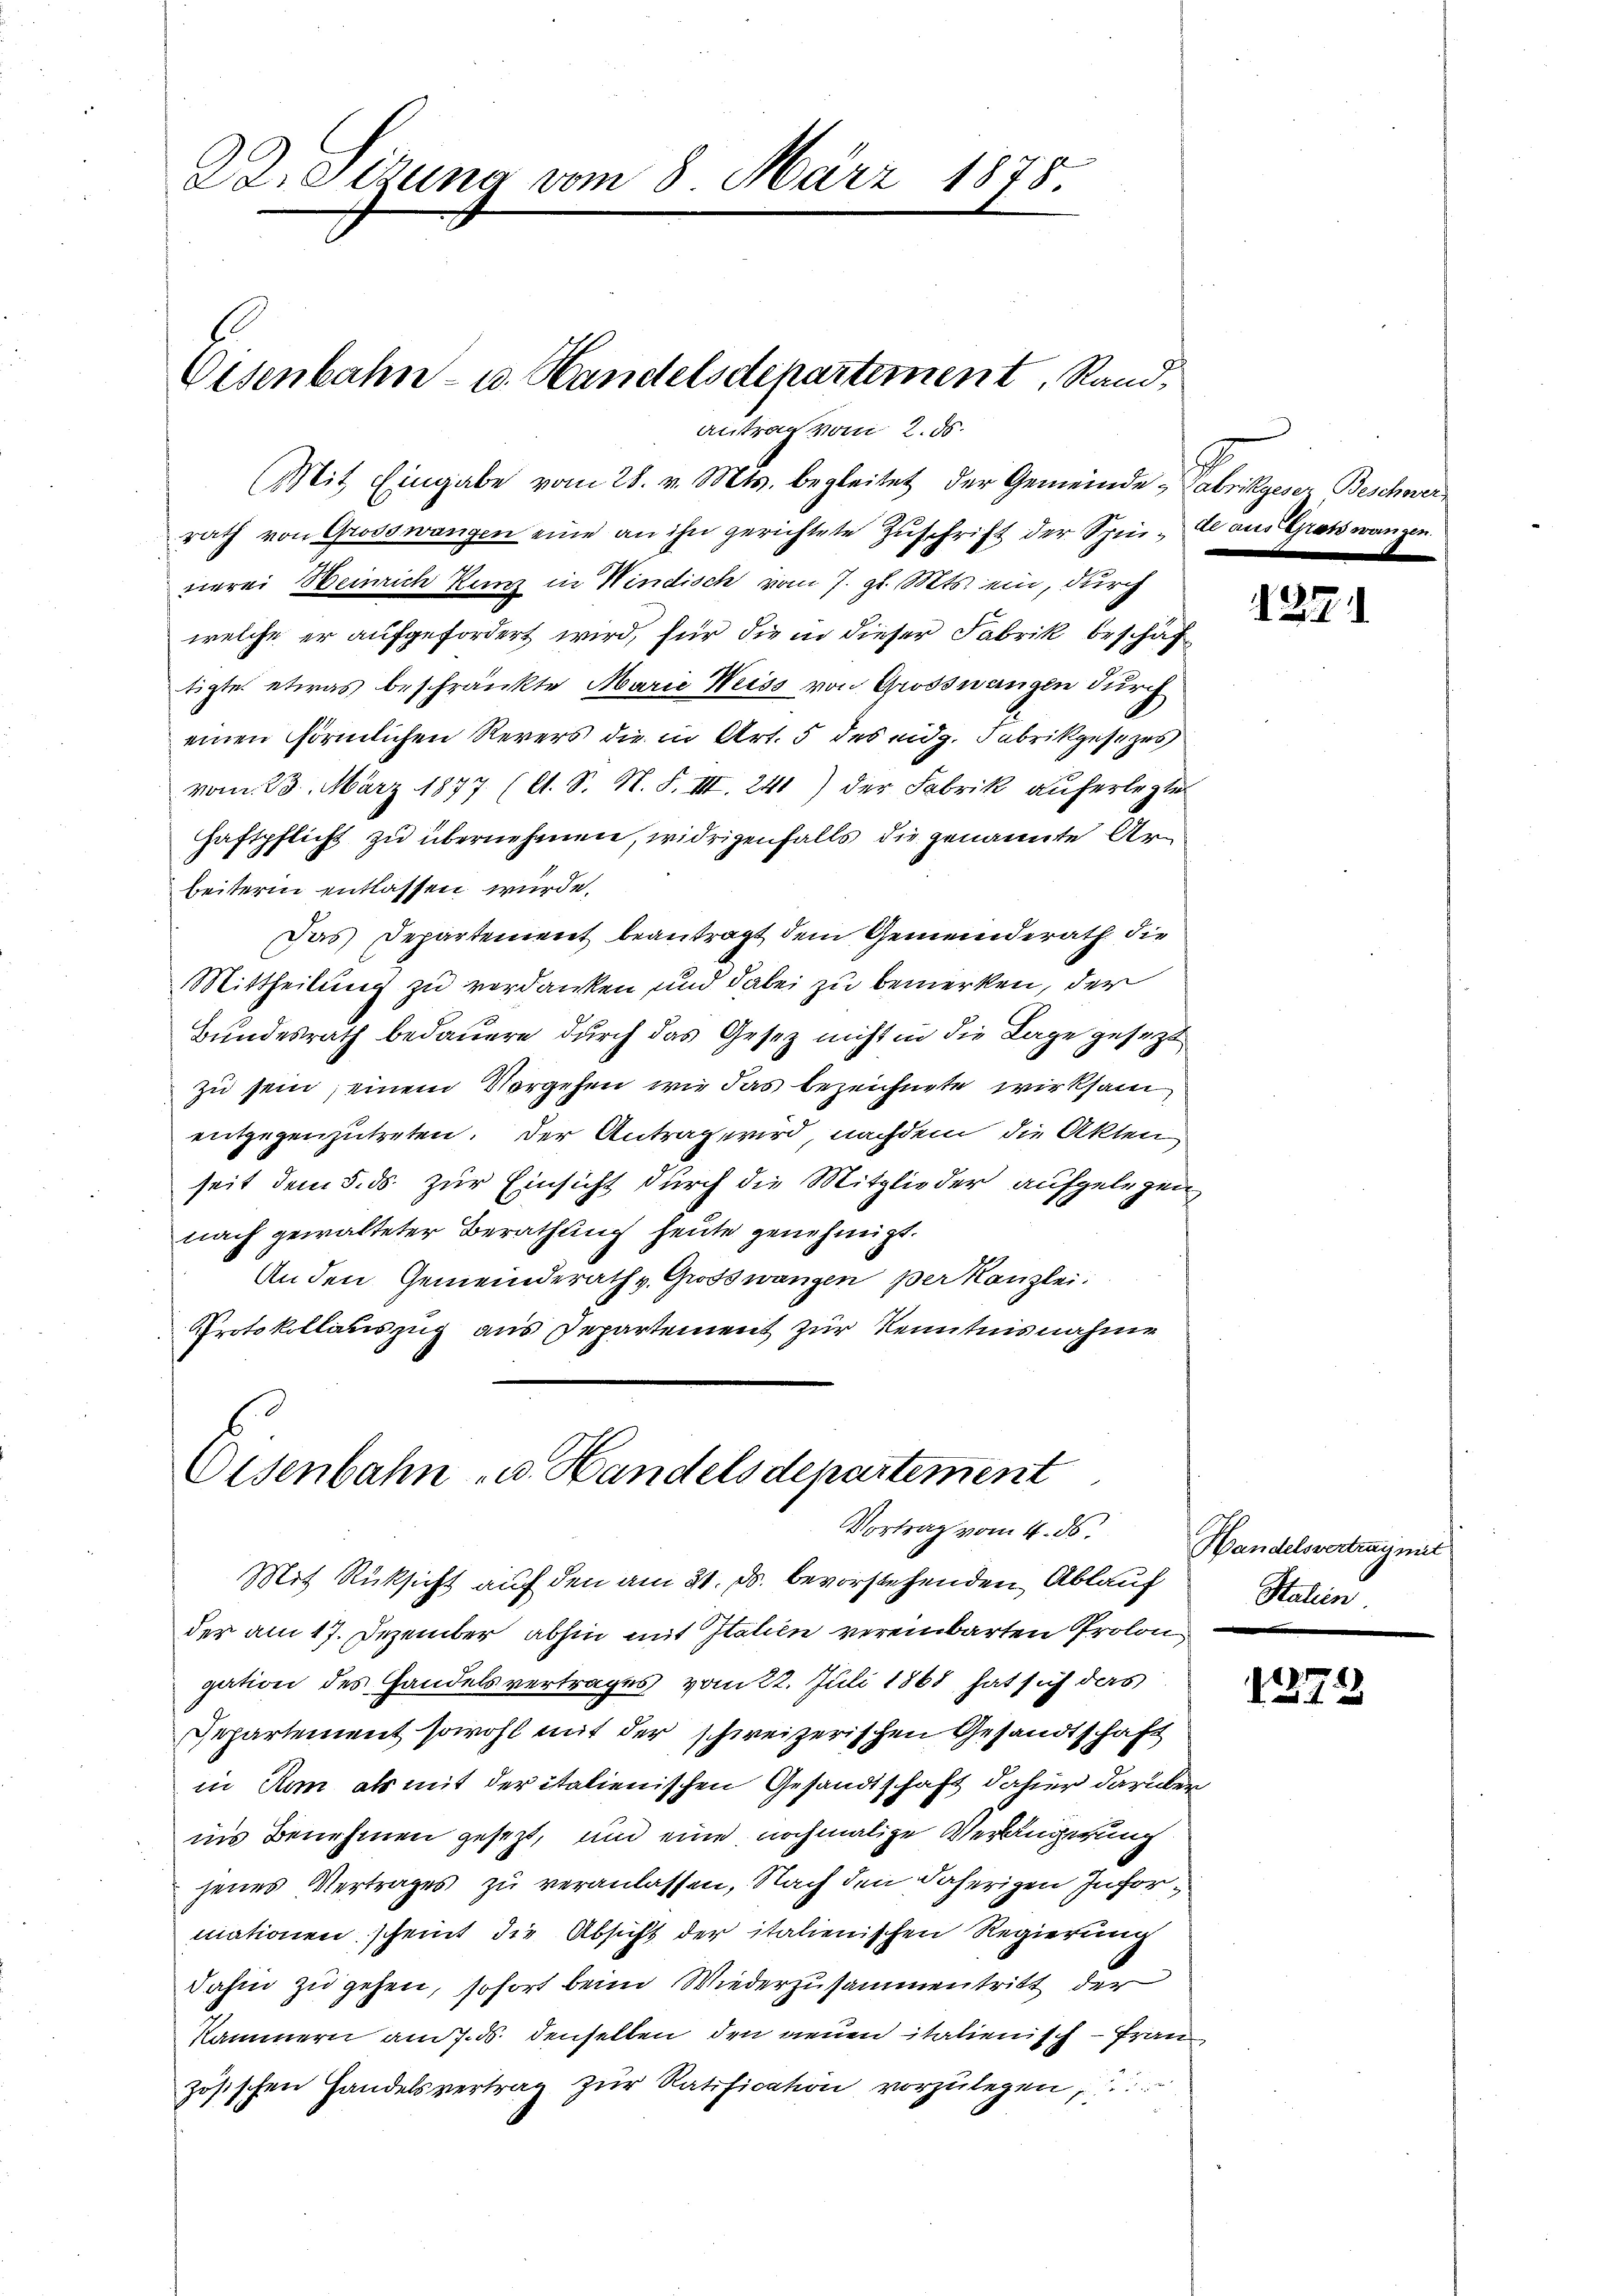
Kreizung vom 8. März 1875

Eisenbahn- u. Handelsdepartement, Rand,

Antrag vom 2. ds.
Mit Eingabe vom 28. v. Mts. begleitet der Gemeinde Fabrikgeser Beschwerrath von Grosswangen eine an ihn gerichtete Zŭschrift der Spinde aus Gratswangen.
nerei Heinrich Kunz in Windisch vom 7. gl. Mts. ein, durch
welche er aufgefordert wird, für die in dieser Fabrik beschaftigte etwas beschränkte Marie Weiss von Grossnangen durch
einen förmlichen Revers die in Art. 5 des eidg. Fabrikgesezes
vom 23. März 1877 (lt. S. N. F. III. 241) der Fabrik auferlegte
Haftpflicht zu übernehmen, widrigenfalls die genannte Arbeiterin entlassen wurde.
Das Departement beantragt dem Gemeinderath die
Mittheilung zu verdanken und dabei zu bemerken, der
Bundesrath bedauern durch das Gesetz nicht in die Lage gesezt
zu sein, einem Vorgehen, wie das bezeichnete wirksam
entgegenzutreten. Der Antrag wird, nachdem die Akten
seit dem 5. ds. zur Einsicht durch die Mitglieder aufgelegen
nach gewalteter Berathung heute genehmigt.
An den Gemeinderath v. Grosswangen der Kanzlei:
Protokollauszug aus Departement zur Kenntnisnahme

Eisenbahn u. Handelsdepartement
Vortrag vom 4. ds.

Mit Rücksicht auf den am 21. ds. bevorstehenden Ablauf Statien
der am 17. Dezember abhin mit Italien vereinbarten Prolon
gation des Handelsvertrages vom 22. Juli 1868 hat sich das
Separtement sowohl mit der schweizerischen Gesandtschaft
in Rom als mit der italienischen Gesandtschaft dahier darüber
ins Benehmen gesezt, und eine nochmalige Verlängerung
jenes Vertrages zu veranlassen, Nach den daherigen Informationen scheint die Absicht der italienischen Regierung
dahin zu gehen, sofort beim Wiederzusammentritt der
Kammern am 7. ds. denselben den neuen italienisch - Frau
zösischen Handelsvertrag zŭr Ratification vorzŭlegen,

1271

Handelsvertrag mit

1272